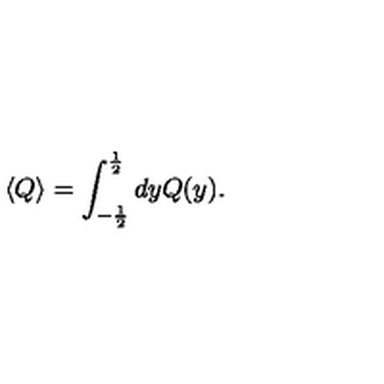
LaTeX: \langle Q \rangle = \int _ { - \frac { 1 } { 2 } } ^ { \frac { 1 } { 2 } } d y Q ( y ) .